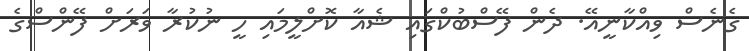
ގެނެސް ވިއްކާނީއޭ. ދެން ފޭސްބުކްގައި ޝެއާ ކޮށްލީމައި ހީ ނުކުރާ ވަރަށް ފޭންސްގެ